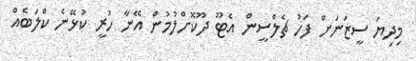
މިދިޔަ ސީޒަނަށް ފަހު ޗެލްސީން އެޓޫ ދޫކޮށްލުމުން އޭނާ ހުރީ ކުޅޭނެ ކްލަބެއް